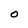
Character: O